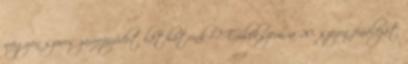
nagyon szoros záróepizódot láthatunk-e? Emlékszem, a 20. szezon fináléját